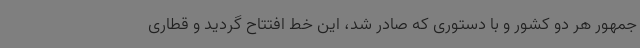
جمهور هر دو کشور و با دستوری که صادر شد، این خط افتتاح گردید و قطاری